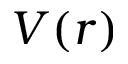
V ( r )